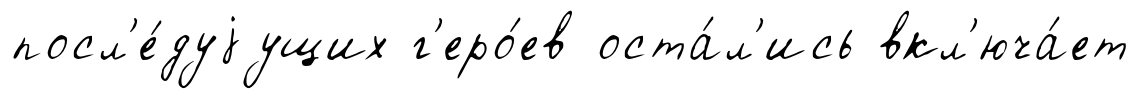
посл'е́дуjущих г'еро́ев оста́л'ись вкл'юча́ет